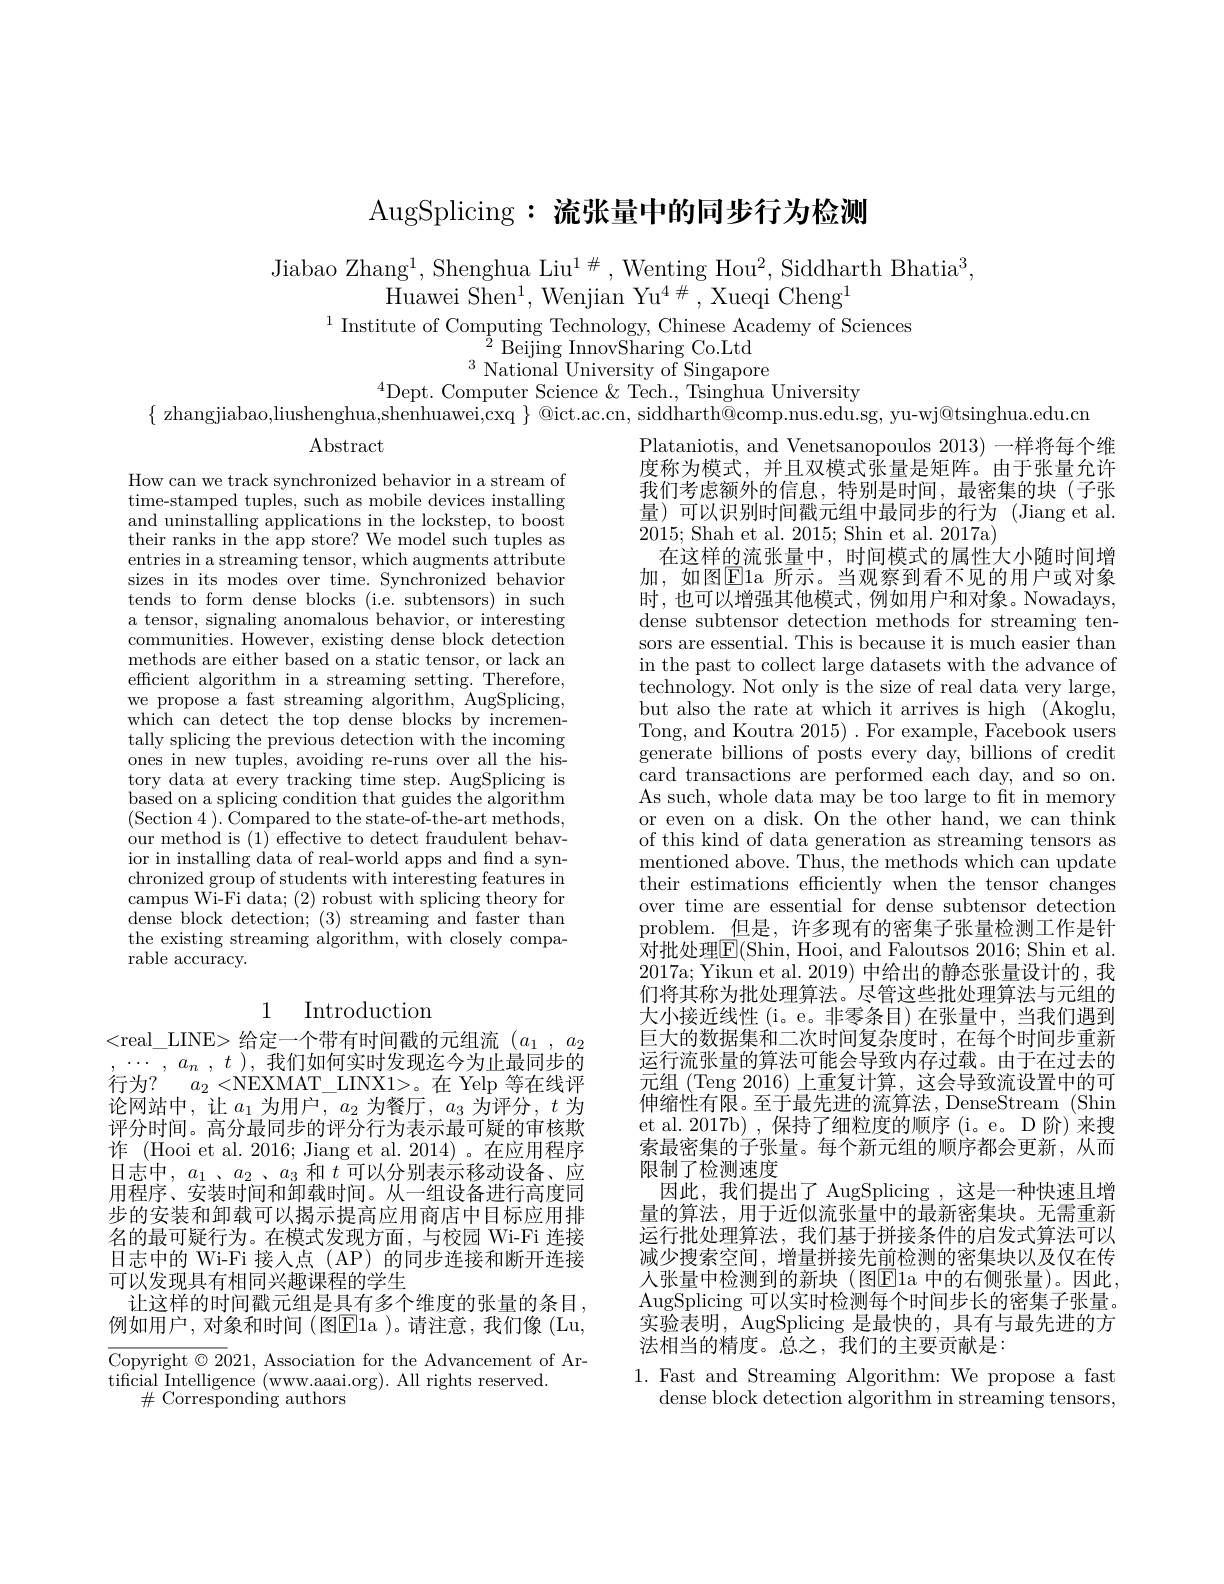
AugSplicing: 流张量中的同步行为检测

Jiabao Zhang$^1$,Shenghua Liu$^1\#$,Wenting Hou$^2$,Siddharth Bhatia$^3$,
Huawei She$n^{1}$, Wenjian Y$u^{4\# }$, Xueqi Chen$g^{1}$
$^{1}$Institute of Computing Technology, Chinese Academy of Sciences
$^{\frac12}$Beijing InnovSharing Co.Ltd ${}^{3}{\mathrm{~National~University~of~Singapore}}$
$^{4}$Dept. Computer Science $\&$ Tech., Tsinghua University
$\{$ zhangjiabao,liushenghua,shenhuawei,cxq $\}$ @ict.ac.cn, siddharth@comp.nus.edu.sg, yu-wj@tsinghua.edu.cn

$\operatorname{Abstract}$

How can we track synchronized behavior in a stream of time-stamped tuples, such as mobile devices installing and uninstalling applications in the lockstep, to boost their ranks in the app store? We model such tuples as entries in a streaming tensor, which augments attribute sizes in its modes over time. Synchronized behavior tends to form dense blocks (i.e. subtensors) in such a tensor, signaling anomalous behavior, or interesting communities. However, existing dense block detection methods are either based on a static tensor, or lack an efficient algorithm in a streaming setting. Therefore, we propose a fast streaming algorithm, AugSplicing, which can detect the top dense blocks by incrementally splicing the previous detection with the incoming ones in new tuples, avoiding re-runs over all the history data at every tracking time step. AugSplicing is based on a splicing condition that guides the algorithm (Section 4 ). Compared to the state-of-the-art methods, our method is (1) effective to detect fraudulent behavior in installing data of real-world apps and find a synchronized group of students with interesting features in campus Wi-Fi data; (2) robust with splicing theory for dense block detection; (3) streaming and faster than the existing streaming algorithm, with closely comparable accuracy.

Plataniotis, and Venetsanopoulos 2013)一样将每个维度称为模式，并且双模式张量是矩阵。由于张量允许我们考虑额外的信息，特别是时间，最密集的块(子张量)可以识别时间戳元组中最同步的行为(Jiang et al. 2015; Shah et al. 2015; Shin et al. 2017a)
在这样的流张量中，时间模式的属性大小随时间增加，如图$\boxed{\mathrm{E}}$la 所示。当观察到看不见的用户或对象时，也可以增强其他模式，例如用户和对象。Nowadays, dense subtensor detection methods for streaming tensors are essential. This is because it is much easier than in the past to collect large datasets with the advance of $\dot{\text{technology. Not only is the size of real data very large,}}$ but also the rate at which it arrives is high (Akoglu, Tong, and Koutra 2015). For example, Facebook users generate billions of posts every day, billions of credit card transactions are performed each day, and so on. As such, whole data may be too large to fit in memory or even on a disk. On the other hand, we can think of this kind of data generation as streaming tensors as mentioned above. Thus, the methods which can update their estimations efficiently when the tensor changes over time are essential for dense subtensor detection problem.\_但是，许多现有的密集子张量检测工作是针对批处理$\boxed{\mathrm{F}}($Shin, Hooi, and Faloutsos 2016; Shin et al. 2017a; Yikun et al. 2019) 中给出的静态张量设计的，我们将其称为批处理算法。尽管这些批处理算法与元组的大小接近线性(i。e。非零条目)在张量中，当我们遇到巨大的数据集和二次时间复杂度时，在每个时间步重新运行流张量的算法可能会导致内存过载。由于在过去的元组 (Teng 2016) 上重复计算，这会导致流设置中的可伸缩性有限。至于最先进的流算法，DenseStream (Shin et al. 2017b) , 保持了细粒度的顺序 (i。e。D 阶)来搜索最密集的子张量。每个新元组的顺序都会更新，从而限制了检测速度
因此，我们提出了 AugSplicing ,这是一种快速且增量的算法，用于近似流张量中的最新密集块。无需重新运行批处理算法，我们基于拼接条件的启发式算法可以减少搜索空间，增量拼接先前检测的密集块以及仅在传人张量中检测到的新块(图E1a 中的右侧张量)。因此， AugSplicing 可以实时检测每个时间步长的密集子张量。实验表明，AugSplicing 是最快的，具有与最先进的方法相当的精度。总之，我们的主要贡献是：
1. Fast and Streaming Algorithm: We propose a fast
dense block detection algorithm in streaming tensors,

## 1 Introduction

<real\_LINE> 给定一个带有时间戳的元组流$( a_1$ , $a_2$ $\cdots , a_n$ , $t$ ),我们如何实时发现迄今为止最同步的行为？$a_2<$NEXMAT\_LINX1>。在 Yelp等在线评论网站中，让$a_1$为用户，$a_2$为餐厅，$a_3$为评分，$t$为评分时间。高分最同步的评分行为表示最可疑的审核欺诈 (Hooi et al. 2016; Jiang et al. 2014)。在应用程序日志中，$a_1$、$a_2$、$a_3$和$t$可以分别表示移动设备、应用程序、安装时间和卸载时间。从一组设备进行高度同步的安装和卸载可以揭示提高应用商店中目标应用排名的最可疑行为。在模式发现方面，与校园 Wi-Fi 连接日志中的 Wi-Fi 接入点 (AP) 的同步连接和断开连接可以发现具有相同兴趣课程的学生
让这样的时间戳元组是具有多个维度的张量的条目， 例如用户，对象和时间(图$\overline{\mathrm{E}}$la )。请注意，我们像 (Lu,

Copyright $\odot2021$, Association for the Advancement of Ar-
tificial Intelligence (www.aaai.org). All rights reserved.
$\#\bar{\text{Corresponding authors}}$